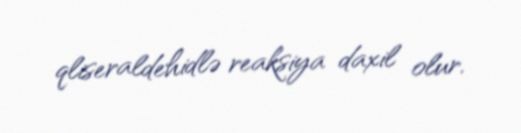
qliseraldehidlə reaksiya daxil olur.